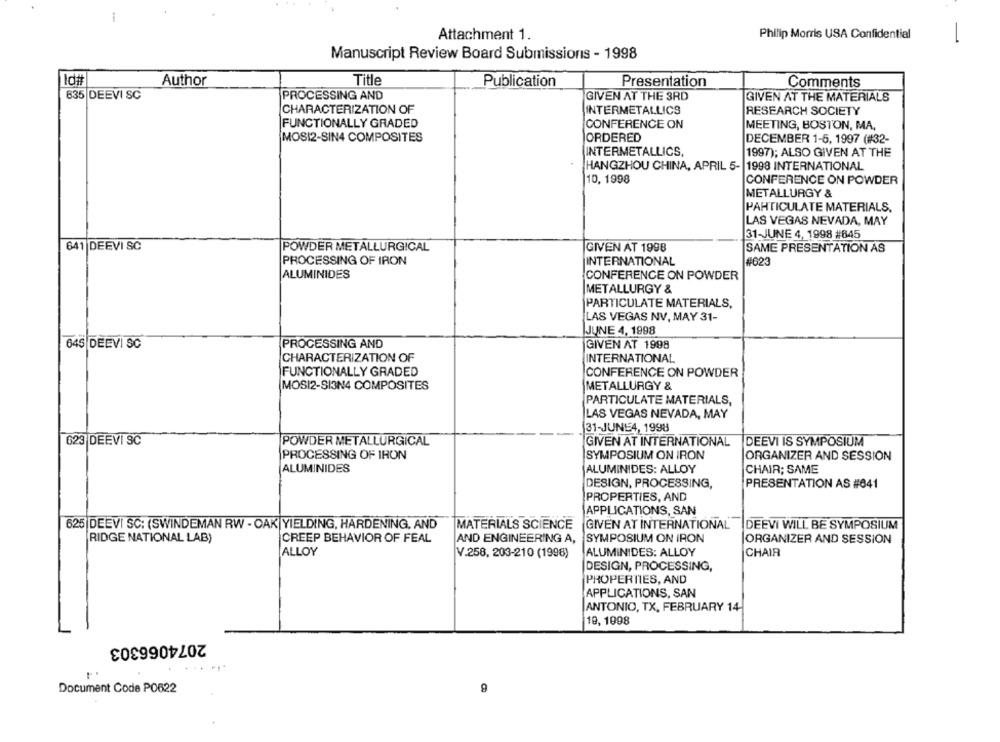
Attachment 1.
Philip Morris USA Confidential
-
Manuscript Review Board Submissions - 1998
Id#
Author
Title
Publication
Presentation
Comments
635 DEEVI SC
PROCESSING AND
GIVEN AT THE 3RD
GIVEN AT THE MATERIALS
CHARACTERIZATION OF
INTERMETALLICS
RESEARCH SOCIETY
FUNCTIONALLY GRADED
CONFERENCE ON
MEETING, BOSTON, MA,
MOSI2-SIN4 COMPOSITES
ORDERED
DECEMBER 1-5, 1997 (#32-
INTERMETALLICS,
1997); ALSO GIVEN AT THE
HANGZHOU CHINA, APRIL 5-
1998 INTERNATIONAL
10, 1998
CONFERENCE ON POWDER
METALLURGY &
PARTICULATE MATERIALS.
LAS VEGAS NEVADA, MAY
31-JUNE 4, 1998 #645
641 DEEVI SC
POWDER METALLURGICAL
GIVEN AT 1998
SAME PRESENTATION AS
PROCESSING OF IRON
INTERNATIONAL
#623
ALUMINIDES
CONFERENCE ON POWDER
METALLURGY &
PARTICULATE MATERIALS,
LAS VEGAS NV, MAY 31-
JUNE 4, 1998
645 DEEVI SC
PROCESSING AND
GIVEN AT 1998
CHARACTERIZATION OF
INTERNATIONAL
FUNCTIONALLY GRADED
CONFERENCE ON POWDER
MOSI2-SI3N4 COMPOSITES
METALLURGY &
PARTICULATE MATERIALS,
LAS VEGAS NEVADA, MAY
31-JUNE4, 1998
623 DEEVI SC
POWDER METALLURGICAL
GIVEN AT INTERNATIONAL
DEEVI IS SYMPOSIUM
PROCESSING OF IRON
SYMPOSIUM ON IRON
ORGANIZER AND SESSION
ALUMINIDES
ALUMINIDES: ALLOY
CHAIR; SAME
DESIGN, PROCESSING,
PRESENTATION AS #641
PROPERTIES, AND
APPLICATIONS, SAN
625 DEEVI SC: (SWINDEMAN RW - OAK|YIELDING, HARDENING, AND
MATERIALS SCIENCE
GIVEN AT INTERNATIONAL
DEEVI WILL BE SYMPOSIUM
RIDGE NATIONAL LAB)
CREEP BEHAVIOR OF FEAL
AND ENGINEERING A,
SYMPOSIUM ON IRON
ORGANIZER AND SESSION
ALLOY
V.258, 203-210 (1998)
ALUMINIDES: ALLOY
CHAIR
DESIGN, PROCESSING,
PROPERTIES, AND
APPLICATIONS, SAN
ANTONIO, TX, FEBRUARY 14-
19, 1998
2074066303
Document Code PO622
9